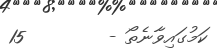
ކަމުގައިވާނެތޯ -        15